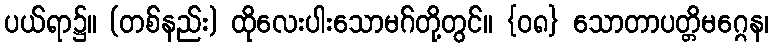
ပယ်ရာ၌။ (တစ်နည်း) ထိုလေးပါးသောမဂ်တို့တွင်။ {၀၈} သောတာပတ္တိမဂ္ဂေန၊